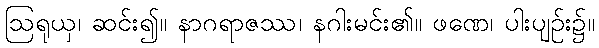
ဩရုယှ၊ ဆင်း၍။ နာဂရာဇဿ၊ နဂါးမင်း၏။ ဖဏေ၊ ပါးပျဉ်း၌။